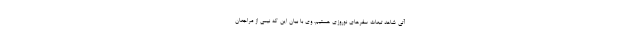
آتی شاهد تبعات سفرهای نوروزی هستیم. وی با بیان این که نیمی از مراجعان